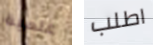
علمية اطلب